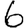
Digit: 6